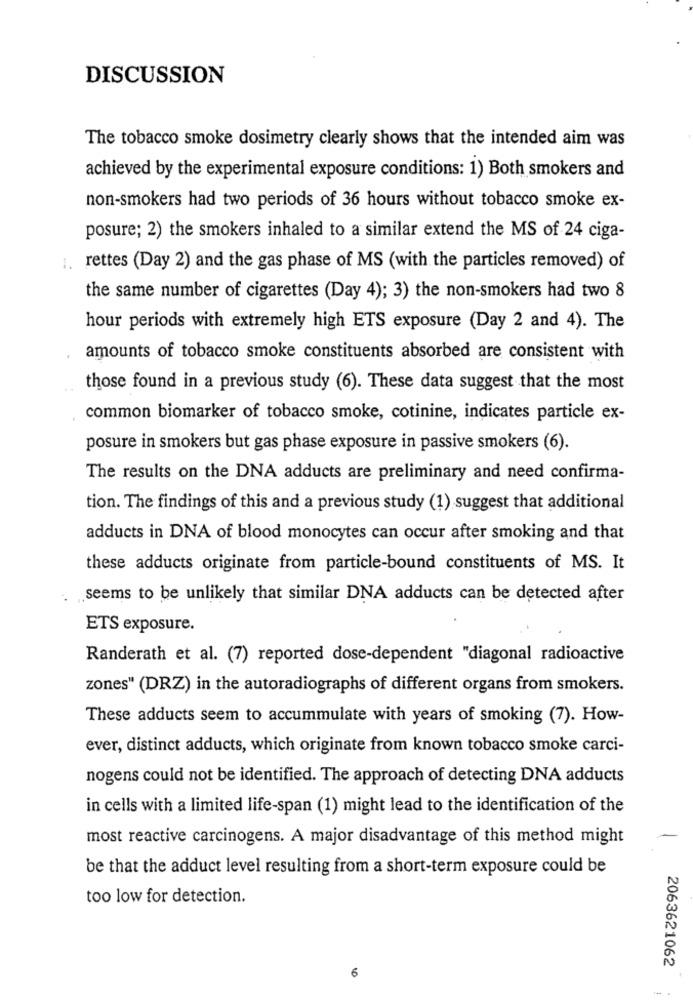
DISCUSSION
The tobacco smoke dosimetry clearly shows that the intended aim was
achieved by the experimental exposure conditions: 1) Both smokers and
non-smokers had two periods of 36 hours without tobacco smoke ex-
posure; 2) the smokers inhaled to a similar extend the MS of 24 ciga-
1.
rettes (Day 2) and the gas phase of MS (with the particles removed) of
the same number of cigarettes (Day 4); 3) the non-smokers had two 8
hour periods with extremely high ETS exposure (Day 2 and 4). The
amounts of tobacco smoke constituents absorbed are consistent with
those found in a previous study (6). These data suggest that the most
common biomarker of tobacco smoke, cotinine, indicates particle ex-
posure in smokers but gas phase exposure in passive smokers (6).
The results on the DNA adducts are preliminary and need confirma-
tion. The findings of this and a previous study (1) suggest that additional
adducts in DNA of blood monocytes can occur after smoking and that
these adducts originate from particle-bound constituents of MS. It
seems to be unlikely that similar DNA adducts can be detected after
ETS exposure.
Randerath et al. (7) reported dose-dependent "diagonal radioactive
zones" (DRZ) in the autoradiographs of different organs from smokers.
These adducts seem to accummulate with years of smoking (7). How-
ever, distinct adducts, which originate from known tobacco smoke carci-
nogens could not be identified. The approach of detecting DNA adducts
in cells with a limited life-span (1) might lead to the identification of the
most reactive carcinogens. A major disadvantage of this method might
be that the adduct level resulting from a short-term exposure could be
too low for detection.
2063621062
6